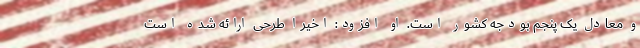
و معادل یک پنجم بودجه کشور است. او افزود: اخیرا طرحی ارائه شده است